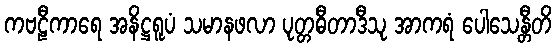
ကဗဠီကာရေ အနိဋ္ဌရူပံ သမာနဖလာ ပုတ္တဓီတာဒီသု အာကရံ ပေါသေန္တီတိ